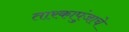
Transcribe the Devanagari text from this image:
तारकापुंजाचे